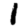
Digit: 1